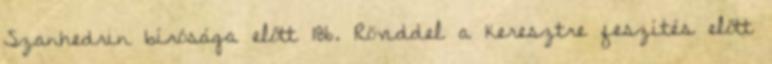
Szanhedrin bírósága előtt 186. Röviddel a keresztre feszítés előtt